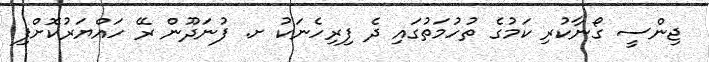
ޖިންސީ ގޯނާކުރި ކަމުގެ ތުހުމަތުގައި ދެ ފިރިހެނަކު ށ. ފުނަދޫން ރޭ ހައްޔަރުކޮށްފި